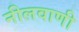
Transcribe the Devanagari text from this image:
नीलवाणी